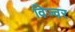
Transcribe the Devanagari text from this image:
विज्वर